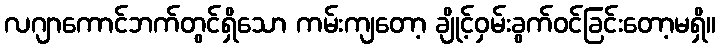
လဂျာကောင်ဘက်တွင်ရှိသော ကမ်းကျတော့ ချိုင့်ဝှမ်းခွက်ဝင်ခြင်းတော့မရှိ။